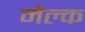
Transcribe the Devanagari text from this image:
मेल्क